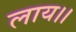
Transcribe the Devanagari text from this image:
लाय।।